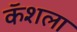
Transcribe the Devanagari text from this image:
कॅशला